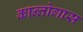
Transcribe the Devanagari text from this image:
कान्तोगास